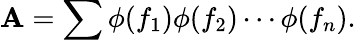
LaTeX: \mathbf{A}=\sum\phi(f_{1})\phi(f_{2})\cdots\phi(f_{n}).